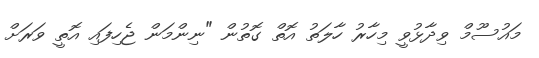
މައުސޫމް ވިދާޅުވީ މިހާރު ހާލަތު އޮތް ގޮތުން "ނިންމަން ޖެހިފައި އޮތީ ވަރަށް